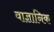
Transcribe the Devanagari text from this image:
वाज्ञानिक